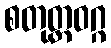
စတုတ္ထဝဂ္ဂ